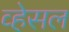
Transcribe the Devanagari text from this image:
व्हेसल